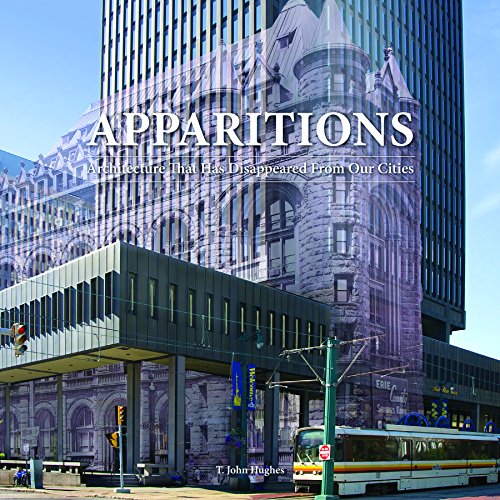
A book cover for Apparitions: Architecture That Has Disappeared From Our Cities; T. John Hughes; Arts & Photography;